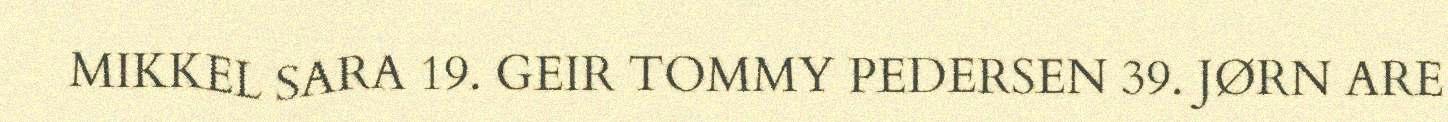
MIKKEL SARA 19. GEIR TOMMY PEDERSEN 39. JØRN ARE